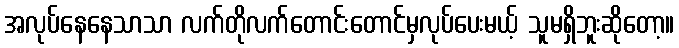
အလုပ်နေနေသာသာ လက်တိုလက်တောင်းတောင်မှလုပ်ပေးမယ့် သူမရှိဘူးဆိုတော့။